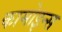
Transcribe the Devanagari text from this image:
कामोइन्स